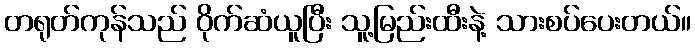
တရုတ်ကုန်သည် ဝိုက်ဆံယူပြီး သူ့မြည်းထီးနဲ့ သားစပ်ပေးတယ်။